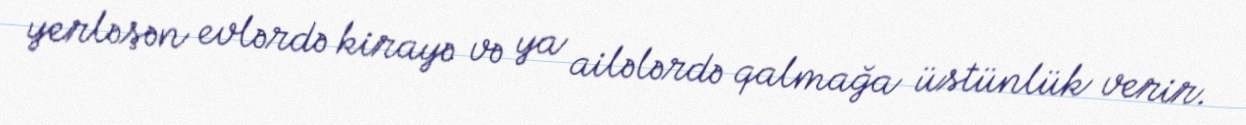
yerləşən evlərdə kirayə və ya ailələrdə qalmağa üstünlük verir.